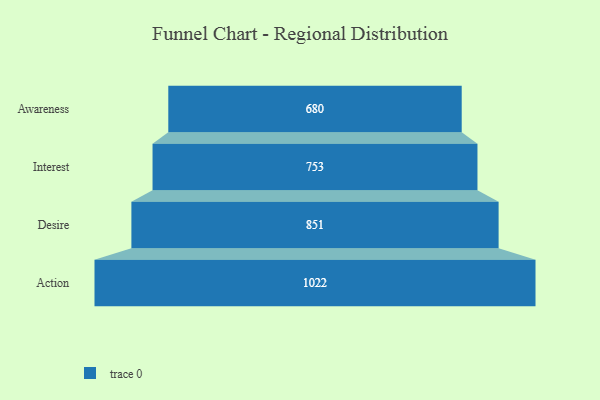
{"axis": {"x": "Stage", "y": "Value"}, "legend": [""], "data": [{"x": "Awareness", "y": 680.0, "type": ""}, {"x": "Interest", "y": 753.0, "type": ""}, {"x": "Desire", "y": 851.0, "type": ""}, {"x": "Action", "y": 1022.0, "type": ""}]}